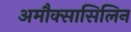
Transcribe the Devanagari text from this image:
अमौक्सासिलिन